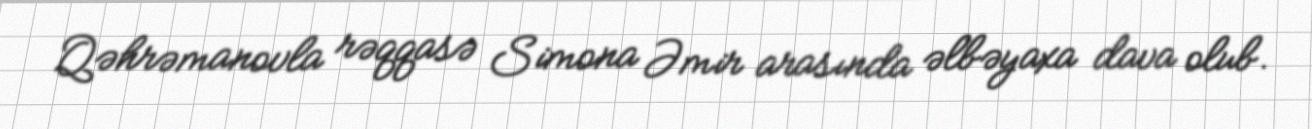
Qəhrəmanovla rəqqasə Simona Əmir arasında əlbəyaxa dava olub.